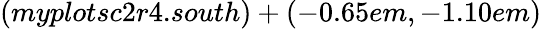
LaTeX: (myplotsc2r4.south)+(-0.65em,-1.10em)